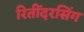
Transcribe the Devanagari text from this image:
रितींदरसिंग